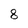
Character: 8